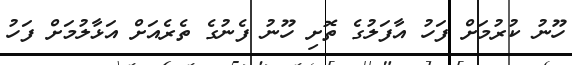
ހޫނު ކުރުމަށް ފަހު އާފަލުގެ ތޮށި ހޫނު ފެނުގެ ތެރެއަށް އަޅާލުމަށް ފަހު